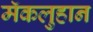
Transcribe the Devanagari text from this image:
मॅकलुहान